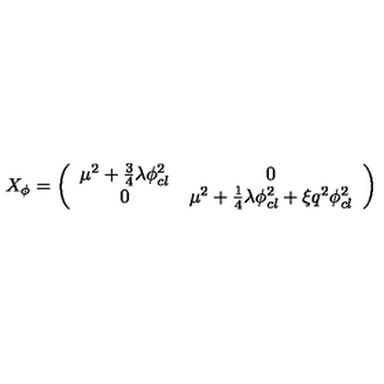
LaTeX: X _ { \phi } = \left( \begin{array} { c c } { \mu ^ { 2 } + \frac { 3 } { 4 } \lambda \phi _ { c l } ^ { 2 } } & { 0 } \\ { 0 } & { \mu ^ { 2 } + \frac { 1 } { 4 } \lambda \phi _ { c l } ^ { 2 } + \xi q ^ { 2 } \phi _ { c l } ^ { 2 } } \\ \end{array} \right)